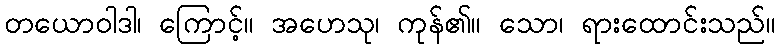
တယောဝါဒါ၊ ကြောင့်။ အဟေသု၊ ကုန်၏။ သော၊ ရားထောင်းသည်။